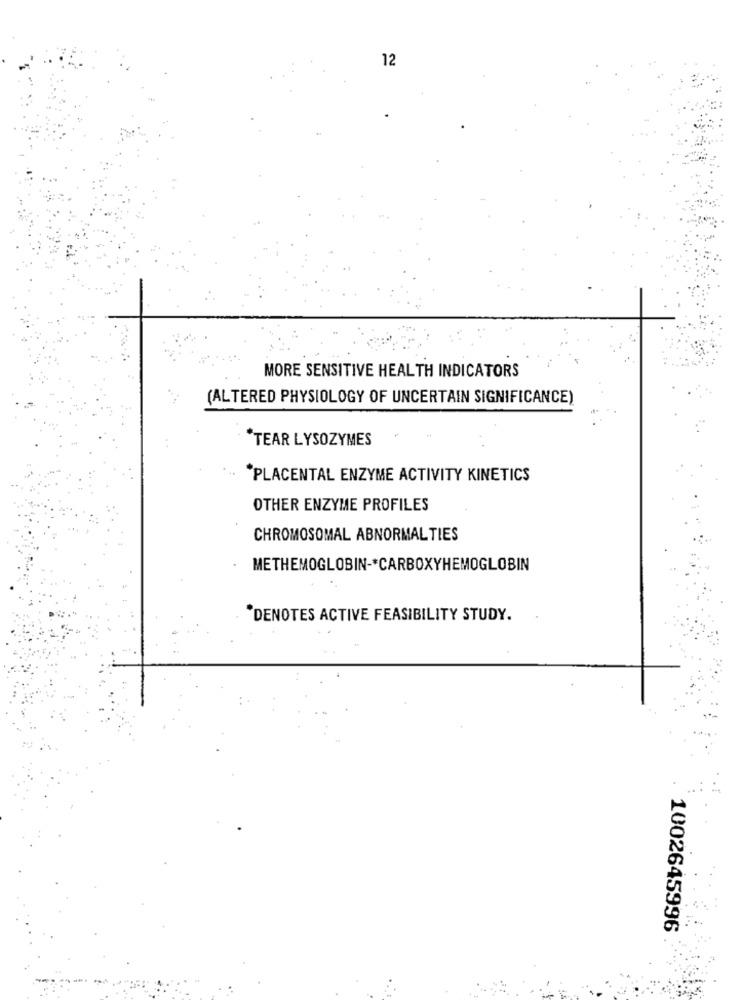
12
MORE SENSITIVE HEALTH INDICATORS
(ALTERED PHYSIOLOGY OF UNCERTAIN SIGNIFICANCE)
*TEAR LYSOZYMES
PLACENTAL ENZYME ACTIVITY KINETICS
OTHER ENZYME PROFILES
CHROMOSOMAL ABNORMAL TIES
METHEMOGLOBIN -* CARBOXYHEMOGLOBIN
*DENOTES ACTIVE FEASIBILITY STUDY.
1002645996